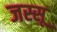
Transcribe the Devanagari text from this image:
जस्सू